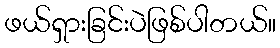
ဖယ်ရှားခြင်းပဲဖြစ်ပါတယ်။